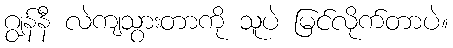
ဂျွန်နီ လဲကျသွားတာကို သူပဲ မြင်လိုက်တာပဲ။